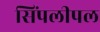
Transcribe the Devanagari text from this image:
सिंपलीपल